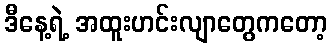
ဒီနေ့ရဲ့ အထူးဟင်းလျာတွေကတော့